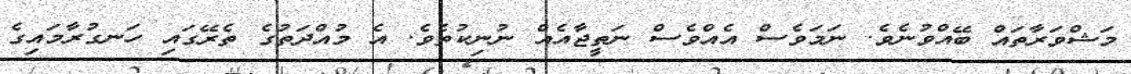
މަޝްވަރާތައް ބޭއްވުނެވެ. ނަމަވެސް އެއްވެސް ނަތީޖާއެއް ނުނިކުތެވެ. އެ މުއްދަތުގެ ތެރޭގައި ހަނގުރާމައިގެ